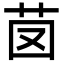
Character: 𦭁